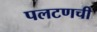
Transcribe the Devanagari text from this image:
पलटणची